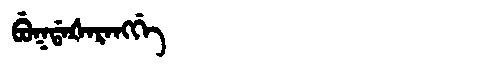
Manchu: ᠪᡠᡴᡩᠠᡧᠠᡵᠠᠩᡤᡝ
Romanization: BUKDAŠARANGGE